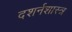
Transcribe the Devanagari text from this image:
दशर्नशास्त्र